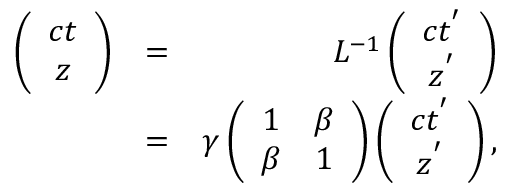
\begin{array} { r l r } { \left( \begin{array} { c c } { c t } \\ { z } \end{array} \right) } & { = } & { L ^ { - 1 } \left( \begin{array} { c c } { c t ^ { ' } } \\ { z ^ { ' } } \end{array} \right) } \\ & { = } & { \gamma \left( \begin{array} { c c } { 1 } & { \beta } \\ { \beta } & { 1 } \end{array} \right) \left( \begin{array} { c c } { c t ^ { ' } } \\ { z ^ { ' } } \end{array} \right) , } \end{array}